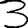
Digit: 3